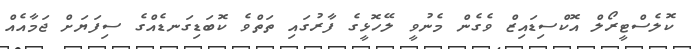
ކޮލެސްޓީރޯލް އޮކްސިޑައިޒް ވެގެން މެނުވީ ލޭހޮޅީގެ ފާރުގައި ތަތްވެ ކޮބަޑިގަނޑެއްގެ ސިފަޔަށް ޖަމާއެއް